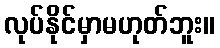
လုပ်နိုင်မှာမဟုတ်ဘူး။